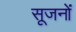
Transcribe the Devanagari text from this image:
सूजनों